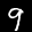
Label: 9